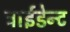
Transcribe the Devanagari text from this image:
ट्राईडेन्ट